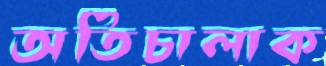
অতিচালাক